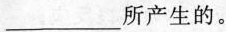
___所产生的。